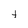
Character: t